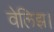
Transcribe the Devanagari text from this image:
वेलिझ।